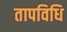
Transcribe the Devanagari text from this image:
तापविधि